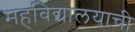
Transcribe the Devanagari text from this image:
महविद्यालयाची